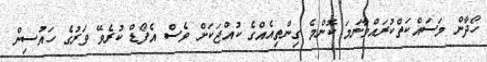
ހޯދާން މަސައްކަތްކުރައްވާނަމަ ކޮންމެ ގިންތިއެއްގެ ކުއްޖަކަށް ވެސް އެފޯޑް ކުރެވޭ ވަރުގެ ހައުސިން